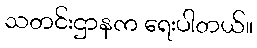
သတင်းဌာနက ရေးပါတယ်။